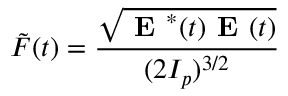
\tilde { F } ( t ) = \frac { \sqrt { \textbf { E } ^ { * } ( t ) \textbf { E } ( t ) } } { ( 2 I _ { p } ) ^ { 3 / 2 } }